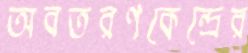
অবতরণকেন্দ্রের